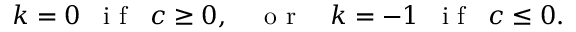
k = 0 \; \; \textrm { i f } \; \; c \geq 0 , \quad \textrm { o r } \quad k = - 1 \; \; \textrm { i f } \; \; c \leq 0 .